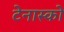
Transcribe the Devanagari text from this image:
टेनास्को